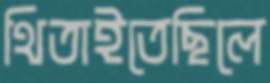
থিতাইতেছিলে